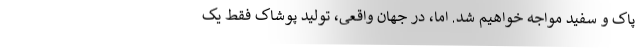
پاک و سفید مواجه خواهیم شد. اما، در جهان واقعی، تولید پوشاک فقط یک